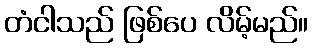
တံငါသည် ဖြစ်ပေ လိမ့်မည်။